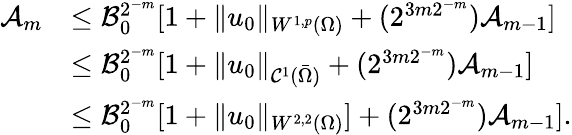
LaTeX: \begin{array}{rl}{\mathcal{A}_{m}}&{\leq\mathcal{B}_{0}^{2^{-m}}[1+\| u_{0}\| _{W^{1,p}(\Omega)}+(2^{3m2^{-m}})\mathcal{A}_{m-1}]}\\ &{\leq\mathcal{B}_{0}^{2^{-m}}[1+\| u_{0}\| _{\mathcal{C}^{1}(\bar{\Omega})}+(2^{3m2^{-m}})\mathcal{A}_{m-1}]}\\ &{\leq\mathcal{B}_{0}^{2^{-m}}[1+\| u_{0}\| _{W^{2,2}(\Omega)}]+(2^{3m2^{-m}})\mathcal{A}_{m-1}].}\end{array}